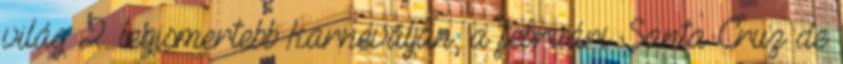
világ 2. legismertebb karneválján, a februári Santa Cruz de